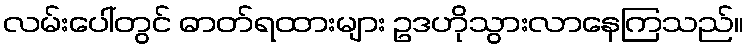
လမ်းပေါ်တွင် ဓာတ်ရထားများ ဥဒဟိုသွားလာနေကြသည်။